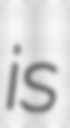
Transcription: is